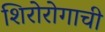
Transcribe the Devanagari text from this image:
शिरोरोगाची